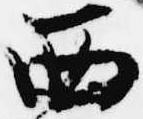
西